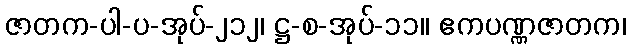
ဇာတက-ပါ-ပ-အုပ်-၂၁၂၊ ဋ္ဌ-စ-အုပ်-၁၁။ ဧကပဏ္ဏဇာတက၊